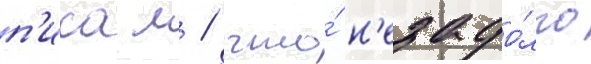
п'исал / что́ н'езадо́лго